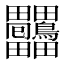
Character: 𤴒